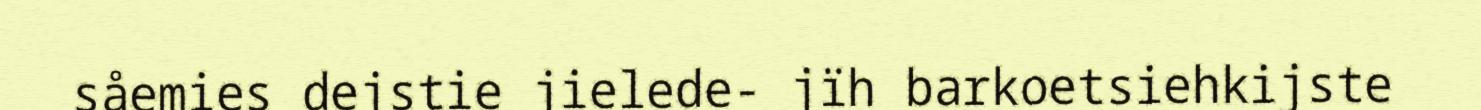
såemies dejstie jielede- jïh barkoetsiehkijste